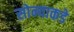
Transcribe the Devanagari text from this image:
सोन्याकडे